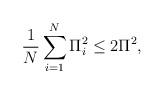
LaTeX: \begin{align*}\frac{1}{N}\sum_{i=1}^N \Pi_i^2\leq 2 \Pi^2,\end{align*}